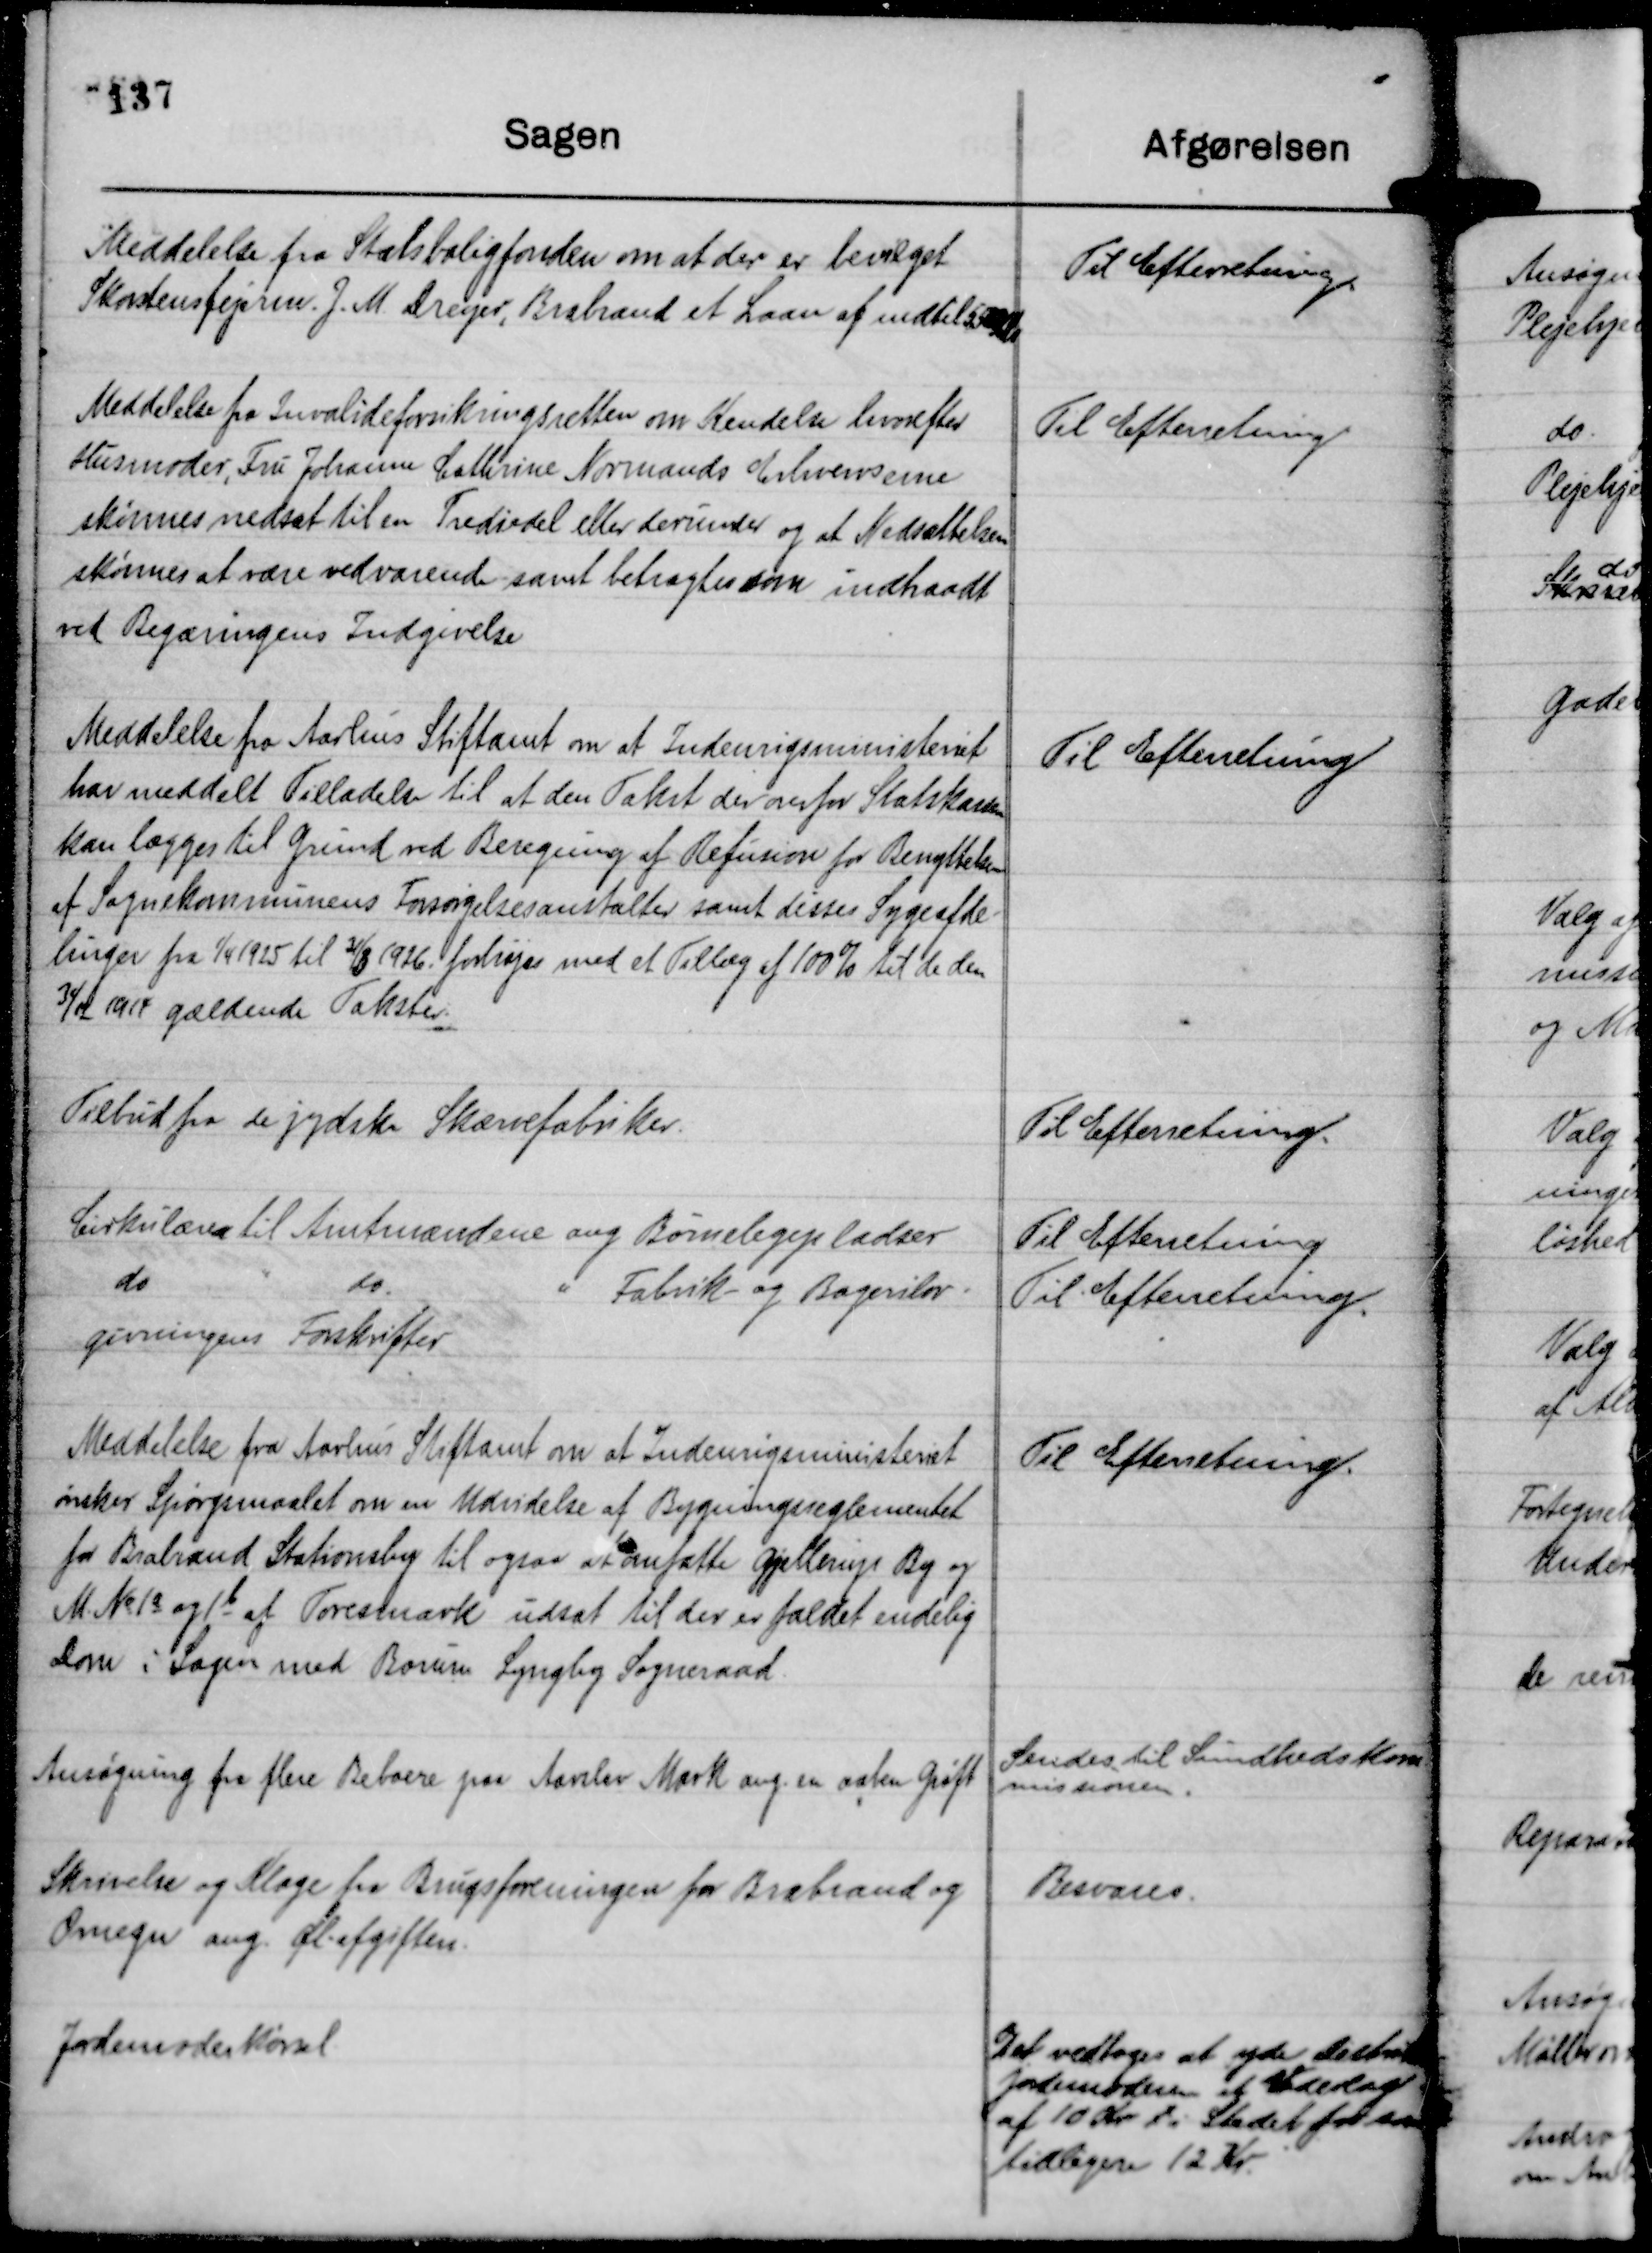
Transskription:
Meddelelse fra Statsboligfonden om at der er bevilget
Skorstensfejer J. M. Dreyer, Brabrand et Laan af indtil 5500 Kr

Til Efterretning.

Meddelelse fra Invalideforsikringsretten om Kendelse hvorefter
Husmoder, Fru Johanne Cathrine Normands Erhvervsevne
skønnes nedsat til en Trediedel eller derunder og at Nedsættelsen
skønnes at være vedvarende samt betragtes som indtraadt
ved Begæringens Indgivelse

Til Efterretning

Meddelelse fra Aarhus Stiftamt om at Indenrigsministeriet
har meddelt Tilladelse til at den Takst der overfor Statskassen
kan lægges til Grund ved Beregning af Refusion for Benyttelse
af Sognekommunens Forsørgelsesanstalter samt deres Sygeafde-
linger fra 1/4 1925 til 31/3 1926 forhøjes med et Tillæg af 100 % til de den
31/12 1917 gældende Takster.

Til Efterretning

Tilbud fra de jydske Skærvefabriker.

Til Efterretning.

Cirkulære til Amtmændene ang Børnelegepladser

Til Efterretning

do
"
do.
" Fabrik- og Bagerilov-
givningens Forskrifter

Til Efterretning.

Meddelelse fra Aarhus Stiftamt om at Indenrigsministeriet
ønsker Spørgsmaalet om en Udvidelse af Bygningsreglementet
for Brabrand Stationsby til ogsaa at omfatte Gjellerup By og
M. No 1 a og 1 b af Tovesmark udsat til der er faldet endelig
dom i Sagen med Borum Lyngby Sogneraad.

Til Efterretning.

Ansøgning fra flere Beboere paa Aarslev Mark ang. en aaben Grøft

Sendes til Sundhedskom-
missionen.

Skrivelse og Klage fra Brugsforeningen for Brabrand og
Omegn ang. Øl-afgiften.

Besvares.

Jordemoderkørsel

Det vedtoges at yde Distriks
jordemoderen et Vederlag
af 10 Kr t i Stedet for som
tidligere 12 Kr.